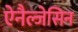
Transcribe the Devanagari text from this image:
ऐनैल्जेसिन